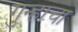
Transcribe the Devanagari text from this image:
गुन्हाचा